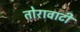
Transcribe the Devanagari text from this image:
तोरावाटी